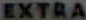
EXTRA